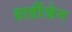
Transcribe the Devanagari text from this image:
हार्डीजेन